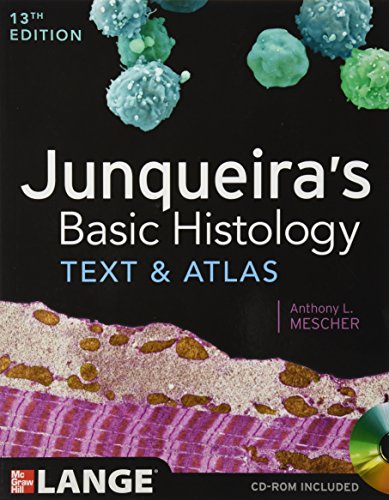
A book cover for Junqueira's Basic Histology: Text and Atlas, Thirteenth Edition; Anthony Mescher; Medical Books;